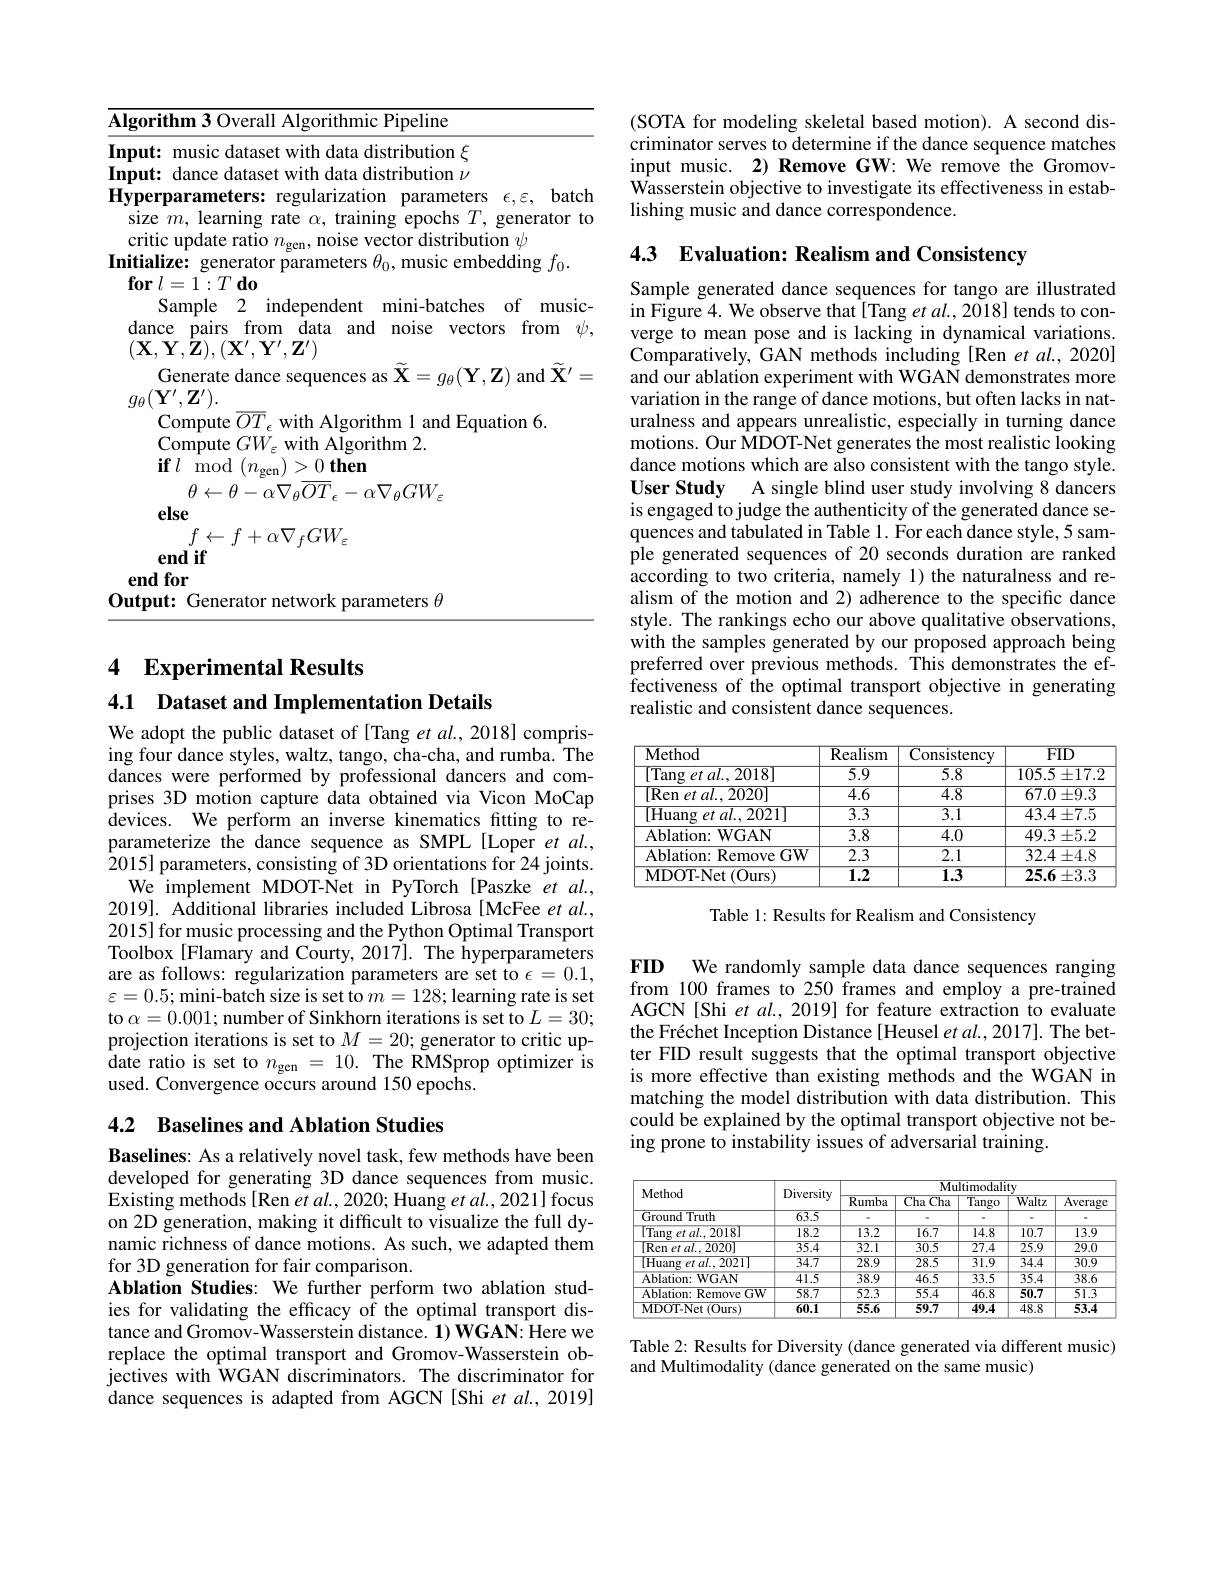
<table>
	<tbody>
		<tr>
			<th>$\overline{\mathbf{\Lambda I}}$</th>
			<th>rifhm' ()veral $\varepsilon Pipeline$ AIS rithmic</th>
		</tr>
		<tr>
			<td>$\mathbf{n}$ $Hy$ 17</td>
			<td>$\mathbf{t}{:}$ dance dataset with data distribution $\nu$ erparameters: regularization parameters $\epsilon,\varepsilon$, batch e $m$, learning rate $\alpha$, training epochs $T$, generator to tic update ratio $n_\mathrm{gen}$, noise vector distribution $\psi$ alize: generator parameters $\theta_0$, music embedding $f_0.$</td>
		</tr>
		<tr>
			<td>1 11 1</td>
			<td>(iene arameters $\theta$ 1111</td>
		</tr>
	</tbody>
</table>

4 Experimental Results

4.1 Dataset and Implementation Details

We adopt the public dataset of [Tang et al., 2018] comprising four dance styles, waltz, tango, cha-cha, and rumba. The dances were performed by professional dancers and comprises 3D motion capture data obtained via Vicon MoCap devices. We perform an inverse kinematics fitting to reparameterize the dance sequence as SMPL[Loper et al., 2015] parameters, consisting of 3D orientations for 24 joints.
We implement MDOT-Net in PyTorch [Paszke et al., 2019]. Additional libraries included Librosa [McFee $et$ $al.$, 2015] for music processing and the Python Optimal Transport Toolbox [Flamary and Courty, 2017]. The hyperparameters are as follows: regularization parameters are set to $\epsilon=0.1$, $\varepsilon=0.5;$ mini-batch size is set to $m=128;$ learning rate is set to $\alpha=0.001;$ number of Sinkhorn iterations is set to $L=30;$ projection iterations is set to $M=20;$ generator to critic update ratio is set to $n_\mathrm{gen}=10.$ The RMSprop optimizer is used. Convergence occurs around 150 epochs.

## 4.2 Baselines and Ablation Studies

Baselines: As a relatively novel task, few methods have been developed for generating 3D dance sequences from music. Existing methods[Ren et al., 2020; Huang et al., 2021] focus on 2D generation, making it difficult to visualize the full dynamic richness of dance motions. As such, we adapted them for 3D generation for fair comparison.
Ablation Studies: We further perform two ablation studies for validating the efficacy of the optimal transport distance and Gromov-Wasserstein distance. 1) WGAN: Here we replace the optimal transport and Gromov-Wasserstein objectives with WGAN discriminators. The discriminator for dance sequences is adapted from AGCN [Shi et al., 2019]

(SOTA for modeling skeletal based motion). A second discriminator serves to determine if the dance sequence matches input music. 2) Remove GW: We remove the Gromov- $\hat{\text{Wasserstein objective to investigate its effectiveness in estab-}}$ lishing music and dance correspondence.

4.3 Evaluation: Realism and Consistency

Sample generated dance sequences for tango are illustrated in Figure 4. We observe that[Tang et al.,2018] tends to converge to mean pose and is lacking in dynamical variations. Comparatively, GAN methods including [Ren et al., 2020] and our ablation experiment with WGAN demonstrates more variation in the range of dance motions, but often lacks in naturalness and appears unrealistic, especially in turning dance motions. Our MDOT-Net generates the most realistic looking dance motions which are also consistent with the tango style. User Study A single blind user study involving 8 dancers is engaged to judge the authenticity of the generated dance sequences and tabulated in Table 1. For each dance style, 5 sample generated sequences of 20 seconds duration are ranked according to two criteria, namely 1) the naturalness and realism of the motion and 2) adherence to the specific dance style. The rankings echo our above qualitative observations, with the samples generated by our proposed approach being preferred over previous methods. This demonstrates the effectiveness of the optimal transport objective in generating realistic and consistent dance sequences.

<table>
	<tbody>
		<tr>
			<th>Method</th>
			<th>$\overline{\mathrm{Realism}}$</th>
			<th>Consistency</th>
			<th>$\overline{\mathrm{FID}}$</th>
		</tr>
		<tr>
			<td>[Tang et $al.,2018]$</td>
			<td>$\overline{5.9}$</td>
			<td>$\overline{5.8}$</td>
			<td>$105.5\pm17.2$</td>
		</tr>
		<tr>
			<td>[Ren et al., 2020]</td>
			<td>$\overline{4.6}$</td>
			<td>$\overline{4.8}$</td>
			<td>$67.0\pm9.3$</td>
		</tr>
		<tr>
			<td>[Huang et al.,2021]</td>
			<td>$\overline{3.3}$</td>
			<td>$\overline{3.1}$</td>
			<td>$43.4\pm7.5$</td>
		</tr>
		<tr>
			<td>Ablation: WGAN</td>
			<td>3.8</td>
			<td>4.0</td>
			<td>$49.3\pm5.2$</td>
		</tr>
		<tr>
			<td>Ablation: Remove $:GW$</td>
			<td>2.3</td>
			<td>2.1</td>
			<td>$32.4\pm4.8$</td>
		</tr>
		<tr>
			<td>MDOT- Net ( Ours) </td>
			<td>$\overline{1.2}$</td>
			<td>$\overline{1.3}$</td>
			<td>$25.6\pm3.3$</td>
		</tr>
	</tbody>
</table>

Table 1: Results for Realism and Consistency

FID We randomly sample data dance sequences ranging from 100 frames to 250 frames and employ a pre-trained

AGCN[Shi et al., 2019] for feature extraction to evaluate the Fréchet Inception Distance[ Heusel $etal.,2017].$ The better FID result suggests that the optimal transport objective is more effective than existing methods and the WGAN in matching the model distribution with data distribution. This could be explained by the optimal transport objective not being prone to instability issues of adversarial training.

<table>
	<tbody>
		<tr>
			<th rowspan="2">Method</th>
			<th rowspan="2">Diversity</th>
			<th colspan="5">$\overline{\text{Multimodality}}$</th>
		</tr>
		<tr>
			<th>$\overline{{\mathrm{Rumba}}}$</th>
			<th>$\overline{\mathrm{Cha}}$ $\overline{\text{Cha}}$</th>
			<th>$\overline{\text{Tango}}$</th>
			<th>$\overline{\text{Waltz}}$</th>
			<th>$\overline{Averag}$</th>
		</tr>
		<tr>
			<td>Ground Truth</td>
			<td>$\overline{63.5}$</td>
			<td> </td>
			<td> </td>
			<td> </td>
			<td> </td>
			<td> </td>
		</tr>
		<tr>
			<td>$\boxed{\text{Tang et al.2018}}$</td>
			<td>18.2</td>
			<td>13.2</td>
			<td>16.7</td>
			<td>14.8</td>
			<td>10.7</td>
			<td>13.9</td>
		</tr>
		<tr>
			<td>[Ren et al., 2020]</td>
			<td>35.4</td>
			<td>$\overline{32.1}$</td>
			<td>$\overline{30.5}$</td>
			<td>$\overline{27.4}$</td>
			<td>25.9</td>
			<td>29.0</td>
		</tr>
		<tr>
			<td>[Huang et al., 2021]</td>
			<td>$\overline{34.7}$</td>
			<td>$\overline{28.9}$</td>
			<td>$\overline{28.5}$</td>
			<td>$\overline{31.9}$</td>
			<td>$\overline{34.4}$</td>
			<td>$\overline{30.9}$</td>
		</tr>
		<tr>
			<td>Ablation: WGAN</td>
			<td>41.5</td>
			<td>38.9</td>
			<td>46.5</td>
			<td>33.5</td>
			<td>35.4</td>
			<td>38.6</td>
		</tr>
		<tr>
			<td>Ablation: Remove GW</td>
			<td>58.7</td>
			<td>52.3</td>
			<td>55.4</td>
			<td>$\overline{46.8}$</td>
			<td>50.7</td>
			<td>51.3</td>
		</tr>
		<tr>
			<td>MDOT-Net(Ours)</td>
			<td>60.1</td>
			<td>55.6</td>
			<td>59.7</td>
			<td>49.4</td>
			<td>48.8</td>
			<td>53.4</td>
		</tr>
	</tbody>
</table>

Table 2: Results for Diversity (dance generated via different music)
and Multimodality (dance generated on the same music)